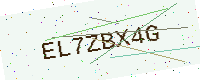
Text: EL7ZBX4G